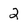
Character: 2